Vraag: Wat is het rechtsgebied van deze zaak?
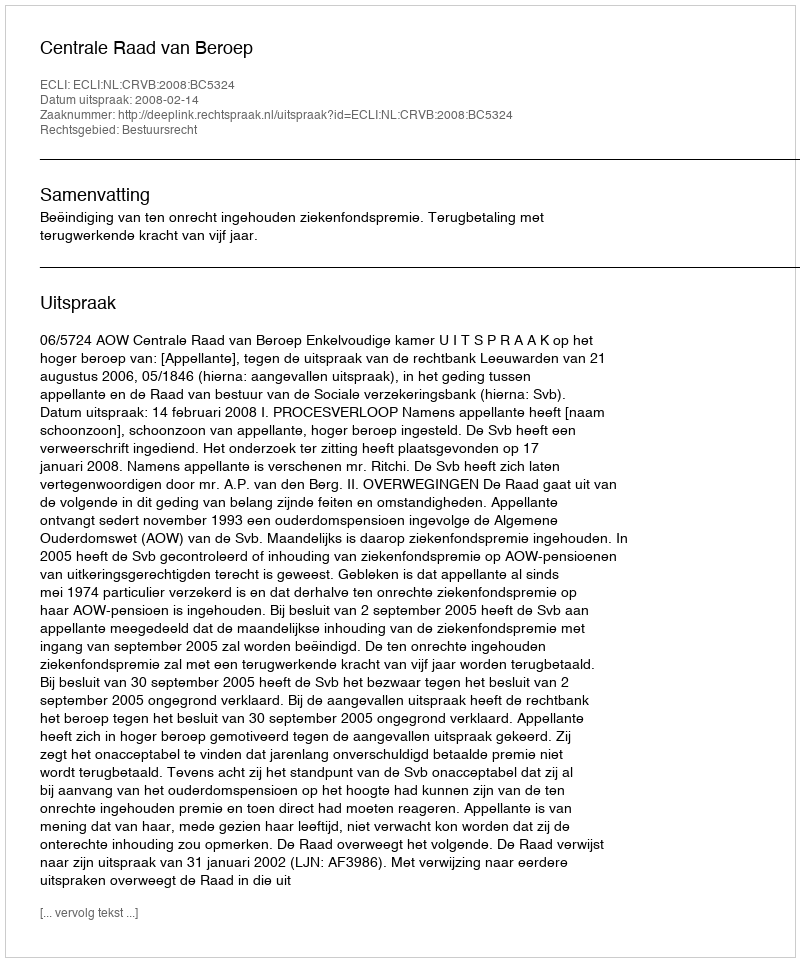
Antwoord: Bestuursrecht